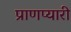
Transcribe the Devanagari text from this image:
प्राणप्यारी